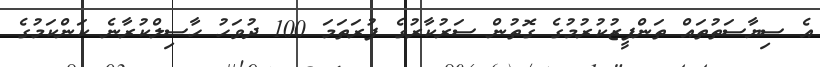
އެ ސިޔާސަތުތައް ތަންފީޒުކުރުމުގެ ގޮތުން ސަރުކާރުގެ ފުރަތަމަ 100 ދުވަހު ހާސިލްކުރާނެ ކަންކަމުގެ